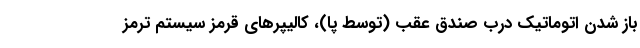
باز شدن اتوماتیک درب صندق عقب (توسط پا)، کالیپرهای قرمز سیستم ترمز